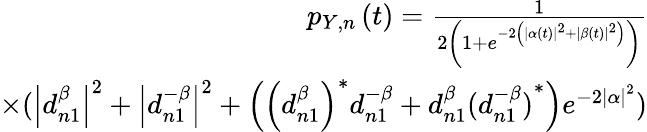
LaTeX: \begin{array}{r}{p_{Y,n}\left(t\right)=\frac{1}{2\left(1+e^{-2\left(\left|\alpha\left(t\right)\right|^{2}+\left|\beta\left(t\right)\right|^{2}\right)}\right)}}\\ {\times(\left|d_{n1}^{\beta}\right|^{2}+\left|d_{n1}^{-\beta}\right|^{2}+\left(\left(d_{n1}^{\beta}\right)^{\ast}d_{n1}^{-\beta}+d_{n1}^{\beta}{(d_{n1}^{-\beta})}^{\ast}\right)e^{-2\left|\alpha\right|^{2}})}\end{array}